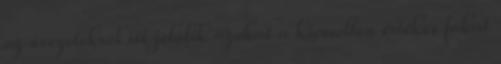
az övezetekről itt jelölik azokat a kiemelten értékes fákat